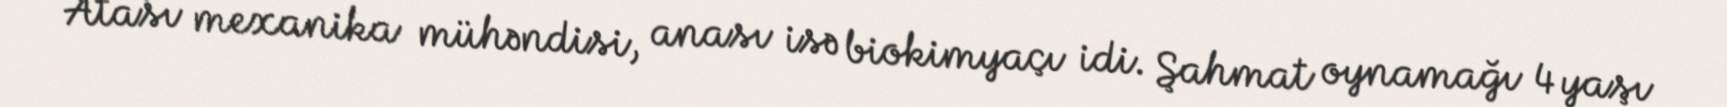
Atası mexanika mühəndisi, anası isə biokimyaçı idi. Şahmat oynamağı 4 yaşı